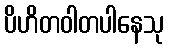
ပိဟိတဝါတပါနေသု